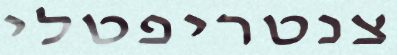
צנטריפטלי